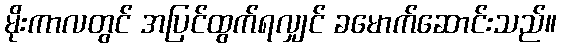
မိုးကာလတွင် အပြင်ထွက်ရလျှင် ခမောက်ဆောင်းသည်။